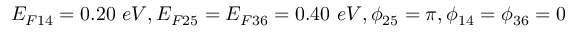
E _ { F 1 4 } = 0 . 2 0 ~ e V , E _ { F 2 5 } = E _ { F 3 6 } = 0 . 4 0 ~ e V , \phi _ { 2 5 } = \pi , \phi _ { 1 4 } = \phi _ { 3 6 } = 0